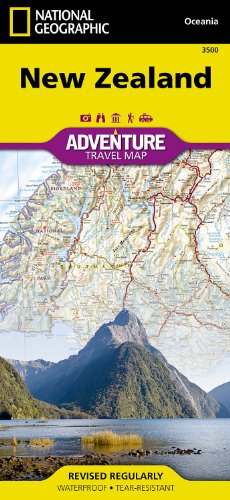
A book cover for New Zealand (National Geographic Adventure Map); National Geographic Maps - Adventure; Reference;